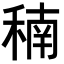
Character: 𥠮